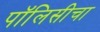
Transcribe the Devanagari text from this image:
पॉलिसीचा